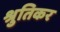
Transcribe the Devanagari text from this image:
श्रुतिकर